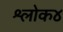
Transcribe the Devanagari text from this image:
श्लोक४